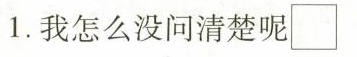
1.我怎么没问清楚呢\Box